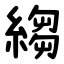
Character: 縐